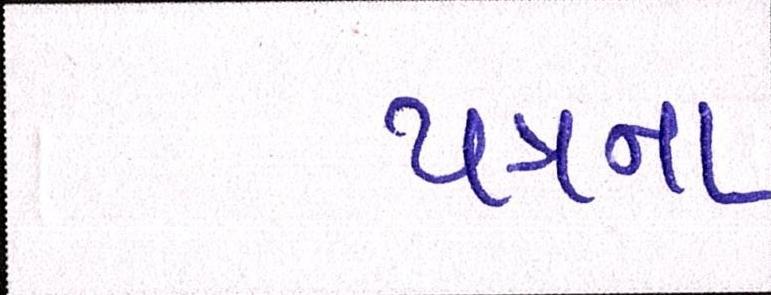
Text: પત્રના